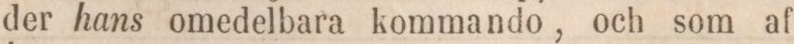
der hans omedelbara kommando, och som af